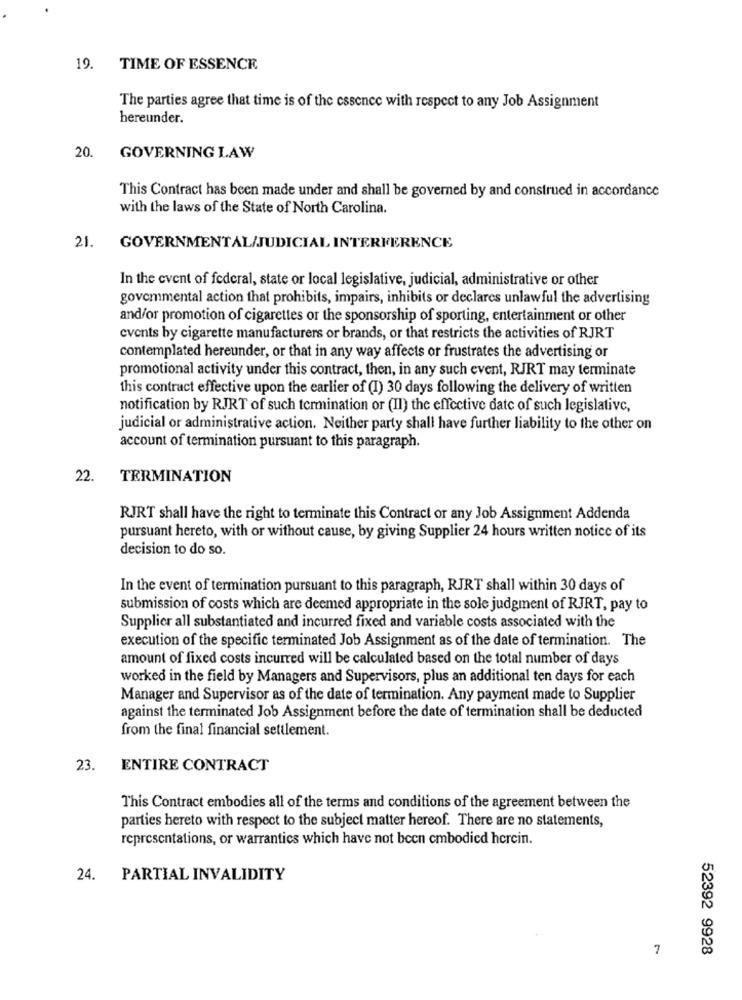
19. TIME OF ESSENCE
The parties agree that time is of the essence with respect to any Job Assignment
hereunder.
20.
GOVERNING LAW
This Contract has been made under and shall be governed by and construed in accordance
with the laws of the State of North Carolina.
21.
GOVERNMENTAL/JUDICIAL INTERFERENCE
In the event of federal, state or local legislative, judicial, administrative or other
govemmental action that prohibits, impairs, inhibits or declares unlawful the advertising
and/or promotion of cigarettes or the sponsorship of sporting, entertainment or other
events by cigarette manufacturers or brands, or that restricts the activities of RJRT
contemplated hereunder, or that in any way affects or frustrates the advertising or
promotional activity under this contract, then, in any such event, RJRT may terminate
this contract effective upon the earlier of (I) 30 days following the delivery of written
notification by RJRT of such termination or (II) the effective date of such legislative,
judicial or administrative action. Neither party shall have further liability to the other on
account of termination pursuant to this paragraph.
22.
TERMINATION
RJRT shall have the right to terminate this Contract or any Job Assignment Addenda
pursuant hereto, with or without cause, by giving Supplier 24 hours written notice of its
decision to do so.
In the event of termination pursuant to this paragraph, RJRT shall within 30 days of
submission of costs which are deemed appropriate in the sole judgment of RJRT, pay to
Supplier all substantiated and incurred fixed and variable costs associated with the
execution of the specific terminated Job Assignment as of the date of termination. The
amount of fixed costs incurred will be calculated based on the total number of days
worked in the field by Managers and Supervisors, plus an additional ten days for each
Manager and Supervisor as of the date of termination. Any payment made to Supplier
against the terminated Job Assignment before the date of termination shall be deducted
from the final financial settlement.
23.
ENTIRE CONTRACT
This Contract embodies all of the terms and conditions of the agreement between the
parties hereto with respect to the subject matter hereof. There are no statements,
representations, or warrantics which have not been cmbodied hercin.
24. PARTIAL INVALIDITY
7
52392 9928